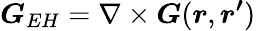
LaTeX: \boldsymbol{G}_{EH}=\nabla\times\boldsymbol{G}(\boldsymbol{r},\boldsymbol{r^{\prime}})